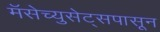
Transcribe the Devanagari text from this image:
मॅसेच्युसेट्सपासून